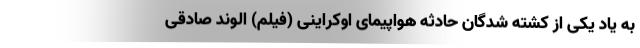
به یاد یکی از کشته شدگان حادثه هواپیمای اوکراینی (فیلم) الوند صادقی